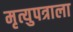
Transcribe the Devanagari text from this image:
मृत्युपत्राला